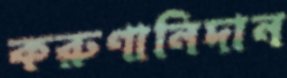
করুণানিদান